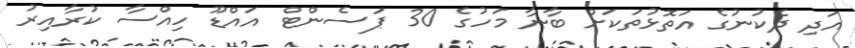
އަދި ދެކުނުގެ އަތޮޅުތަކަށް ބާނާ މަހުގެ 30 ޕަސެންޓް އައްޑޫ ހިއްސާ ކުރާއިރު